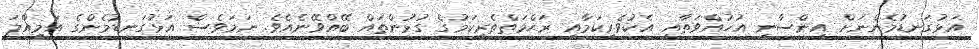
އަޅުގަނޑުމެންނަށް އިންސާނީ އުޚުއްވަތާއި އެކުވެރިކަމާއި ރަޙްމަތްތެރިކަމުގެ ގުޅުންތައް ބޭއްވޭނެއެވެ. ނަމަވެސް އަޅުގަނޑުމެންގެ އަމިއްލަ